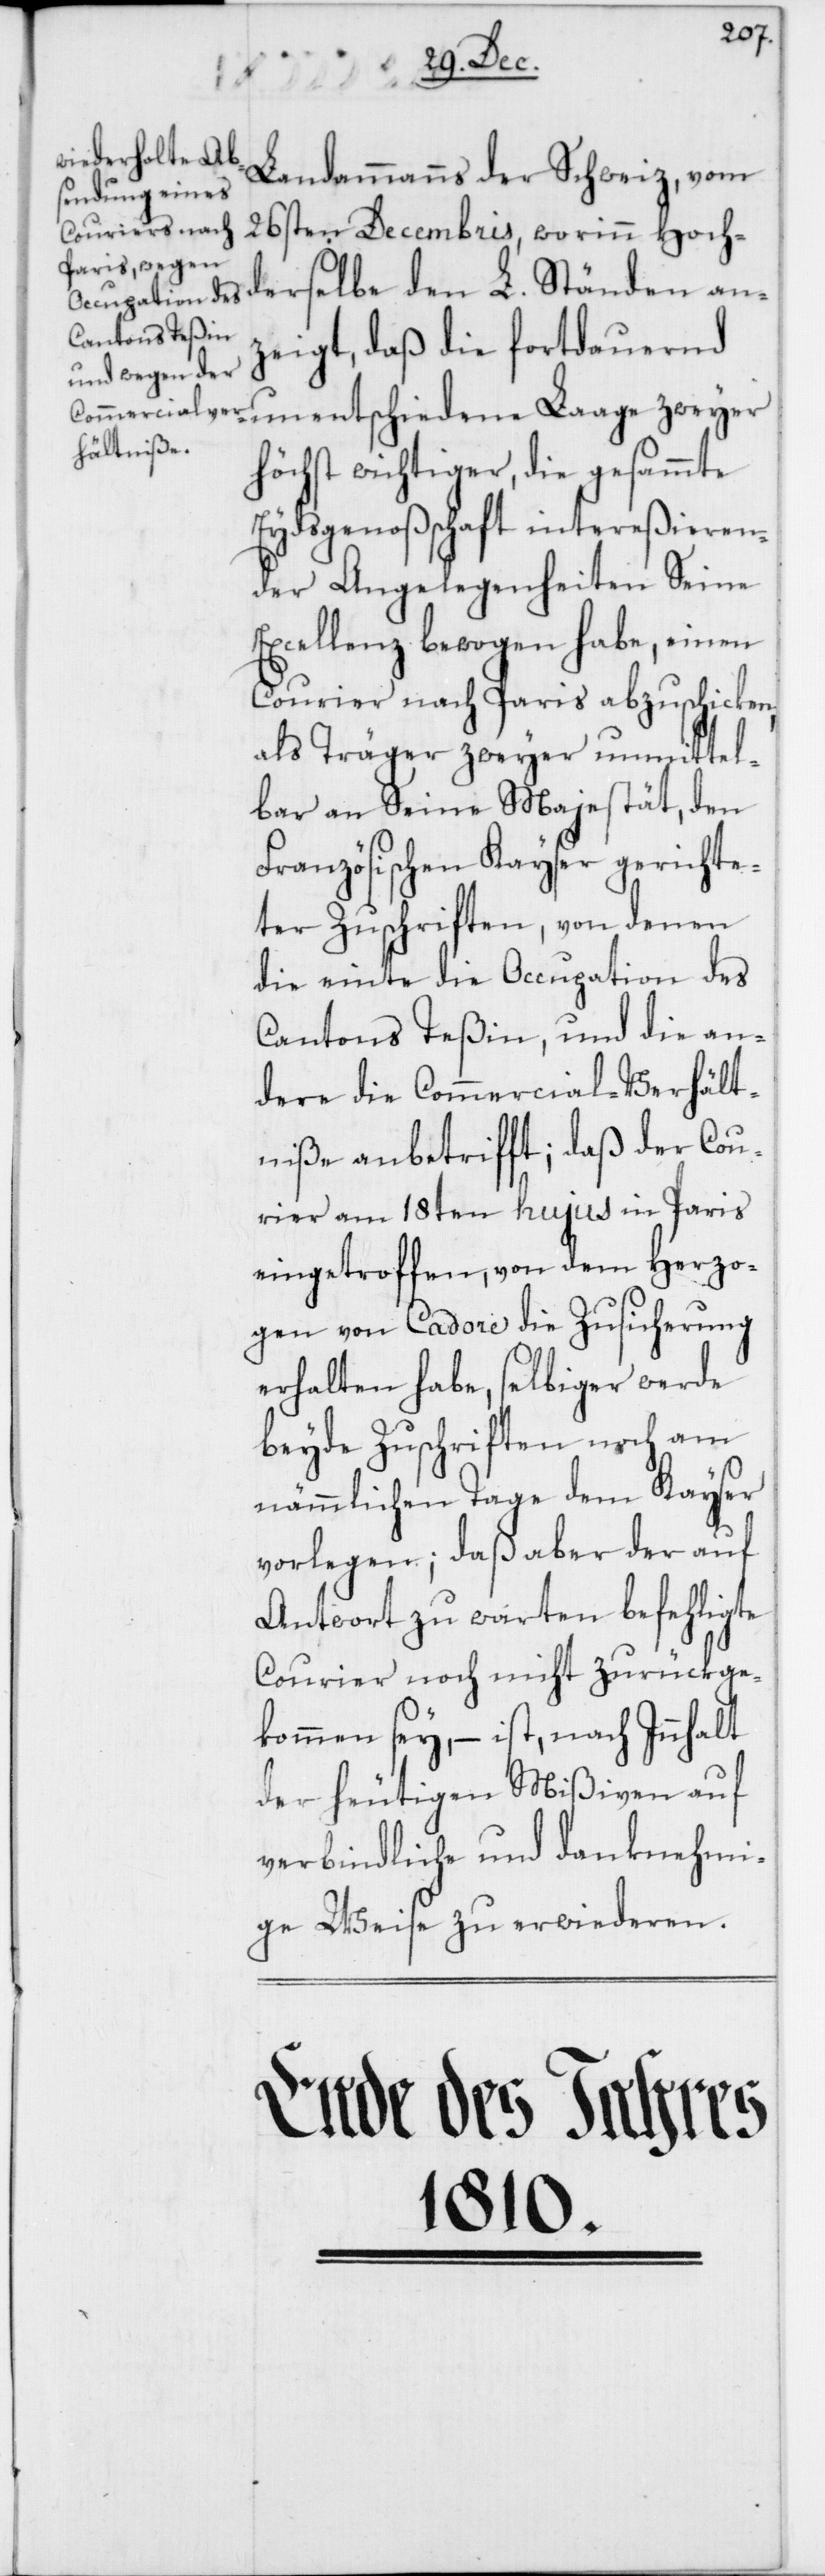
Landammanns der Schweiz, vom
26sten Decembris, worinn Hoch¬
derselbe den L. Ständen an¬
zeigt, daß die fortdauernd
höchst wichtiger, die gesammte
Eydsgenoßenschaft intereßieren¬
der Angelegenheiten Seine
Excellenz bewogen habe, einen
Courier nach Paris abzuschicken,
als Träger zweyer unmittel¬
bar an Seine Majestät, den
Französischen Kayser gerichte¬
ter Zuschriften, von denen
die einte die Occupation des
Cantons Teßin, und die an¬
dere die Commercial-Verhält¬
niße anbetrifft; daß der Cou¬
rier am 18ten hujus in Paris
eingetroffen, von dem Herzo¬
gen von Cadore die Zusicherung
erhalten habe, selbiger werde
beyde Zuschriften noch am
nämmlichen Tage dem Kayser
vorlegen; daß aber der auf
Antwort zu warten befehligte
Courier noch nicht zurükge¬
kommen sey, – ist, nach Innhalt
der heutigen Mißiven auf
verbindliche und danknehmi¬
ge Weise zu erwiederen.